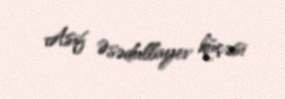
Asif Əsədullayev küçəsi